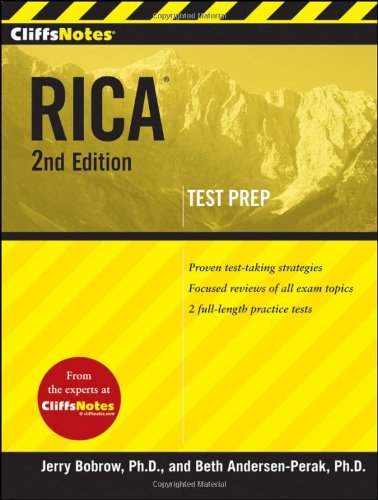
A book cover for CliffsNotes RICA 2nd Edition; Beth Andersen-Perak; Test Preparation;